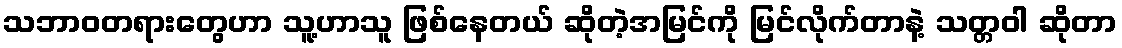
သဘာဝတရားတွေဟာ သူ့ဟာသူ ဖြစ်နေတယ် ဆိုတဲ့အမြင်ကို မြင်လိုက်တာနဲ့ သတ္တဝါ ဆိုတာ